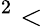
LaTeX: ^2<